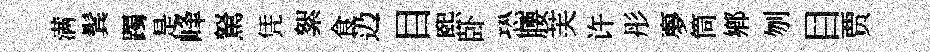
满鬂躅是峰駑凭絮食辸目熙卧恐腰芙许彤夣筒鄉刎目贾